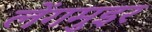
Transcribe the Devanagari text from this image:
लेंगमुइर